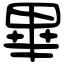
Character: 畢